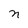
Character: n